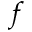
f